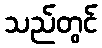
သည်တွင်